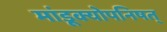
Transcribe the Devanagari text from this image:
मांडूक्योपनिषत्